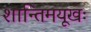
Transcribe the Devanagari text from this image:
शान्तिमयूखः